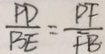
\frac { P D } { B E } = \frac { P F } { F B }